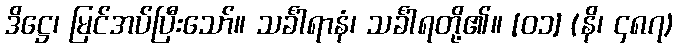
ဒိဋ္ဌေ၊ မြင်အပ်ပြီးသော်။ သင်္ခါရာနံ၊ သင်္ခါရတို့၏။ [၀၁] (နိ၊ ၄၈၇)